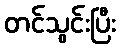
တင်သွင်းပြီး